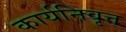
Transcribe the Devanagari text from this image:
कार्यनिवृत्त